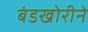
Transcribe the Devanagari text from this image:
बंडखोरीने